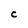
Character: C